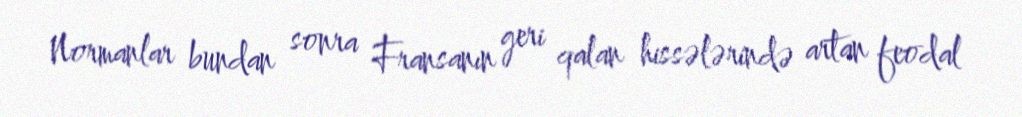
Normanlar bundan sonra Fransanın geri qalan hissələrində artan feodal